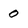
Character: 0